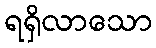
ရရှိလာသော